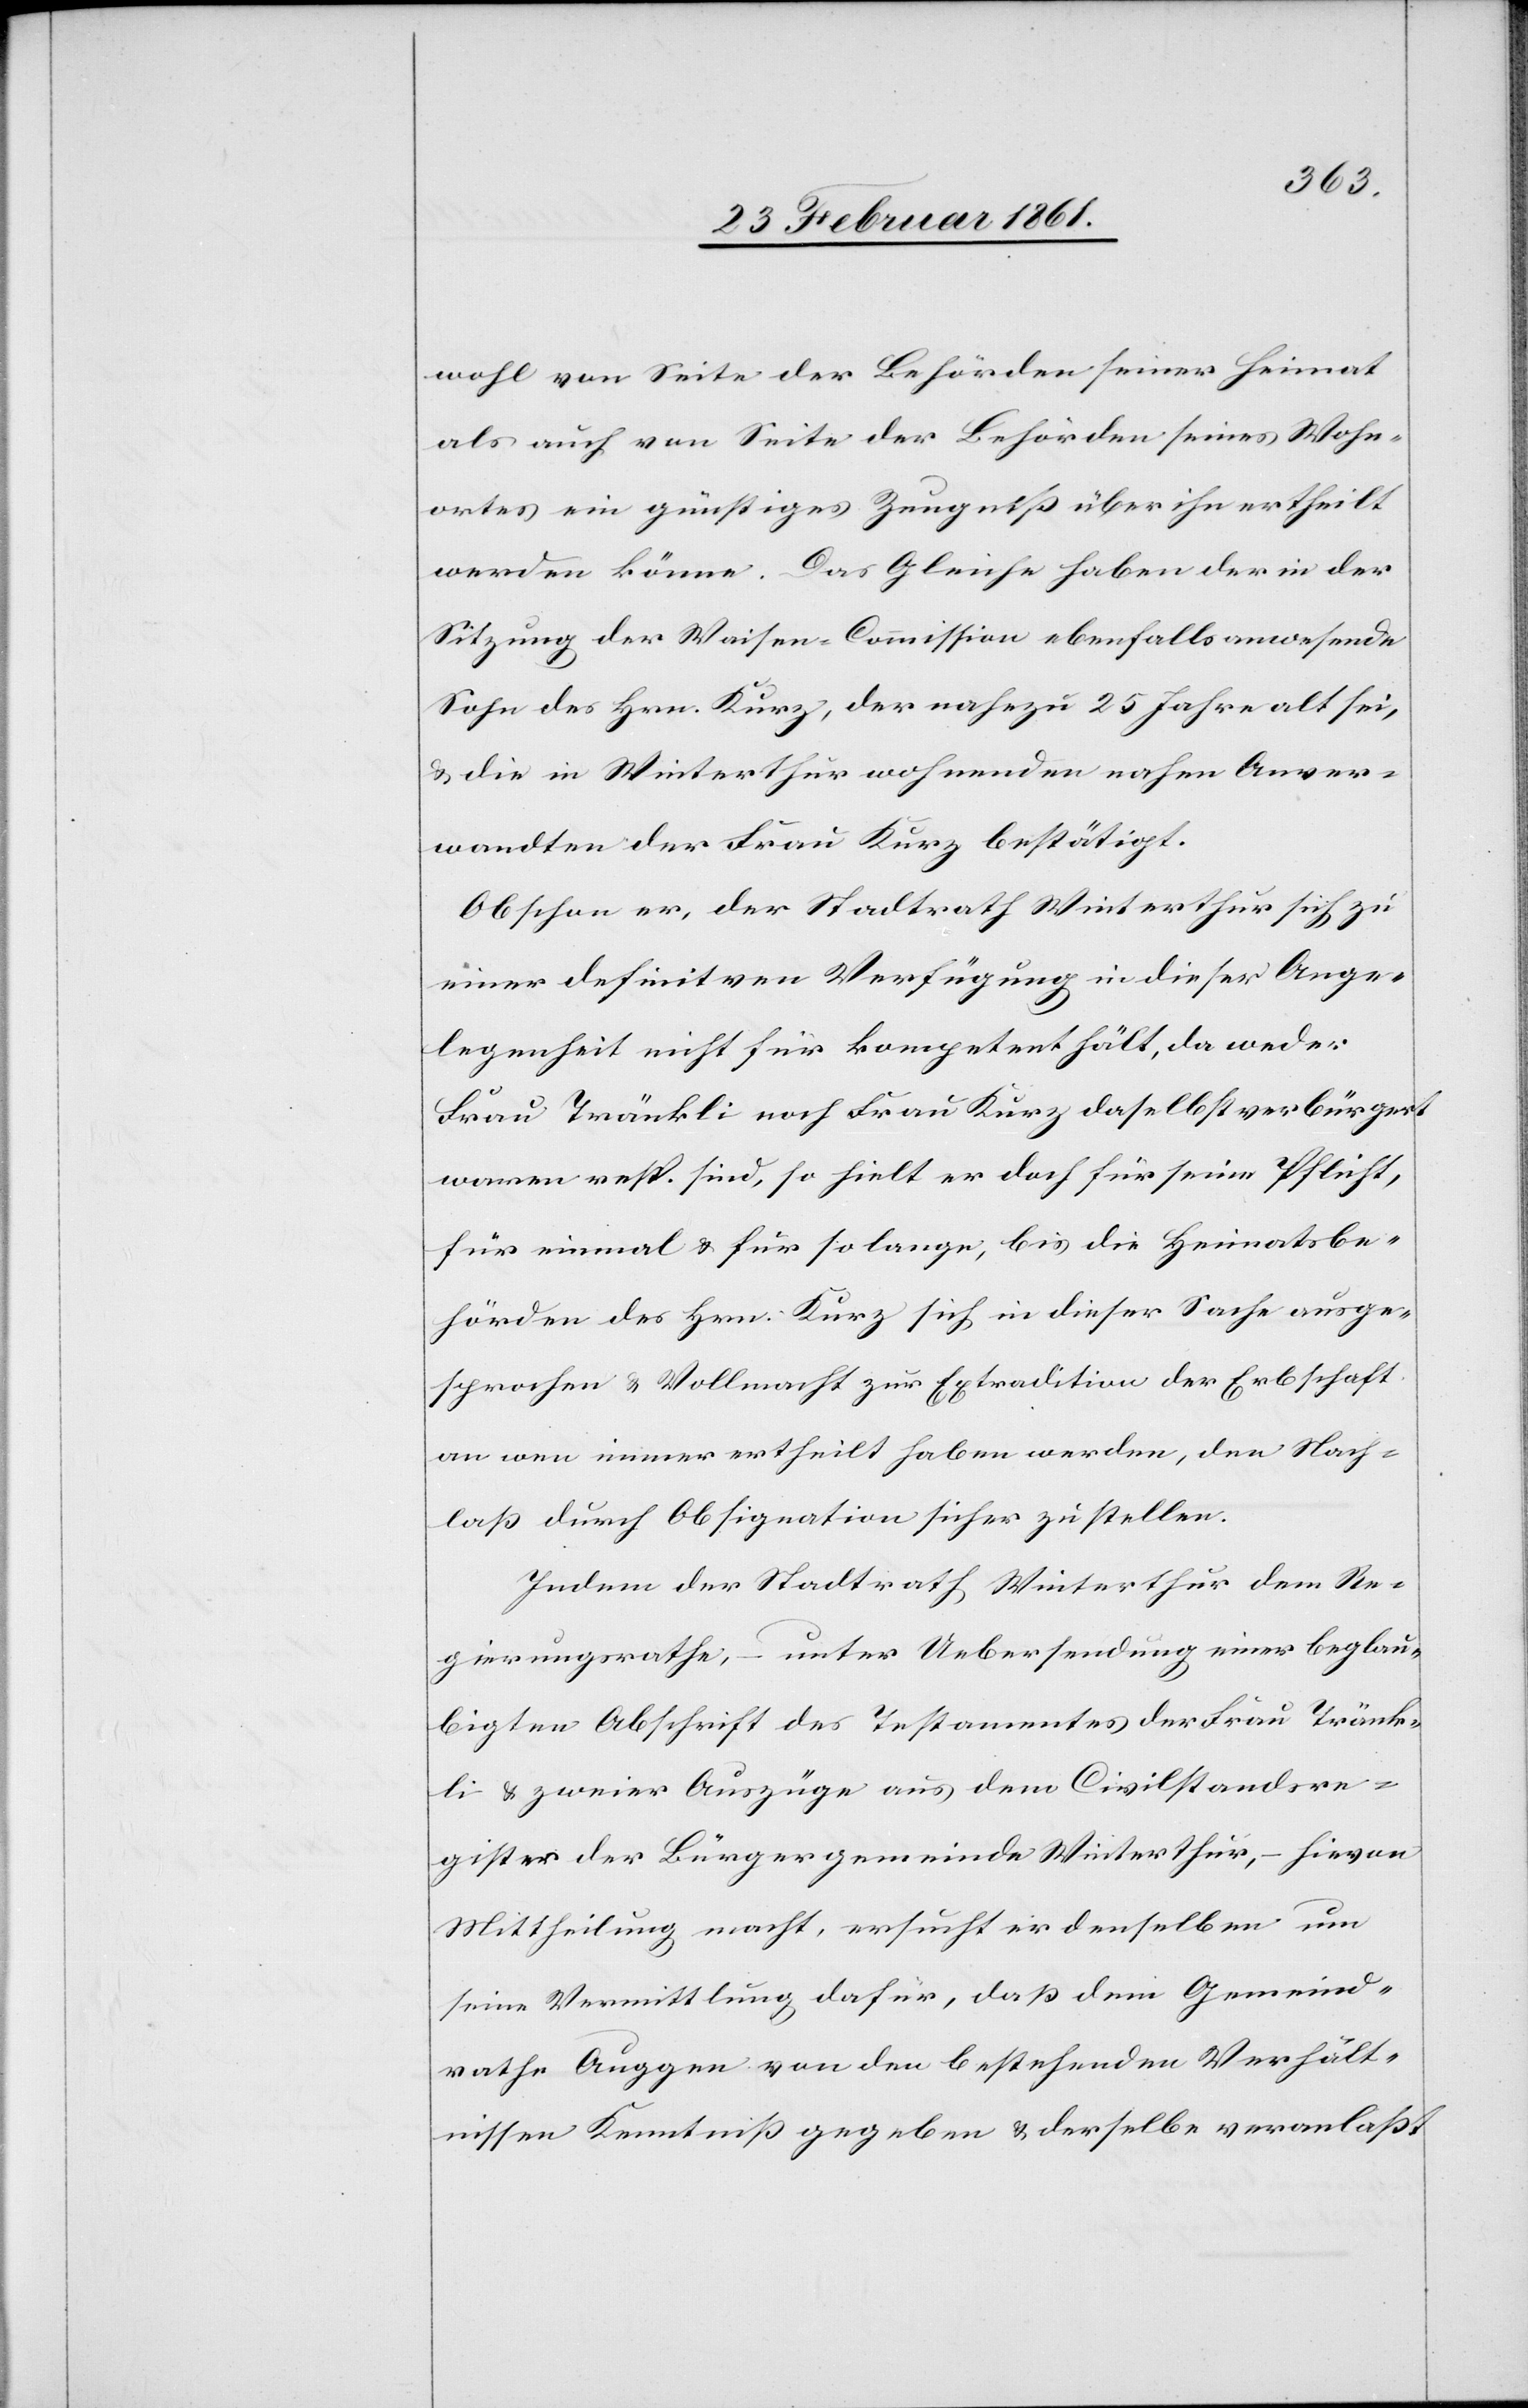
wohl von Seite der Behörden seiner Heimat
als auch von Seite der Behörden seines Wohn¬
ortes ein günstiges Zeugniss über ihn ertheilt
werden könne. Das Gleiche haben der in der
Sitzung der Waisen-Commission ebenfalls anwesende
Sohn des Hrn. Kurz, der nahezu 25 Jahre alt sei,
u. die in Winterthur wohnenden nahen Anver¬
wandten der Frau Kurz bestätigt.
Obschon er, der Stadtrath Winterthur sich zu
einer definitiven Verfügung in dieser Ange¬
legenheit nicht für kompetent hält, da weder
Frau Tränkli noch Frau Kurz daselbst verbürgert
waren resp. sind, so hielt er doch für seine Pflicht,
für einmal u. für so lange, bis die Heimatsbe¬
hörden des Hrn. Kurz sich in dieser Sache ausge¬
sprochen u. Vollmacht zur Extradition der Erbschaft
an wen immer ertheilt haben werden, der Nach¬
lass durch Obsignation sicher zu stellen.
Indem der Stadtrath Winterthur dem Re¬
gierungsrathe, – unter Uebersendung einer beglau¬
bigten Abschrift des Testamentes der Frau Tränk¬
li u. zweier Auszüge aus dem Civilstandesre¬
gister der Bürgergemeinde Winterthur, – hievon
Mittheilung macht, ersucht er denselben um
seine Vermittlung dafür, dass dem Gemeind¬
rathe Auggen von den bestehenden Verhält¬
nissen Kenntniss gegeben u. derselbe veranlasst